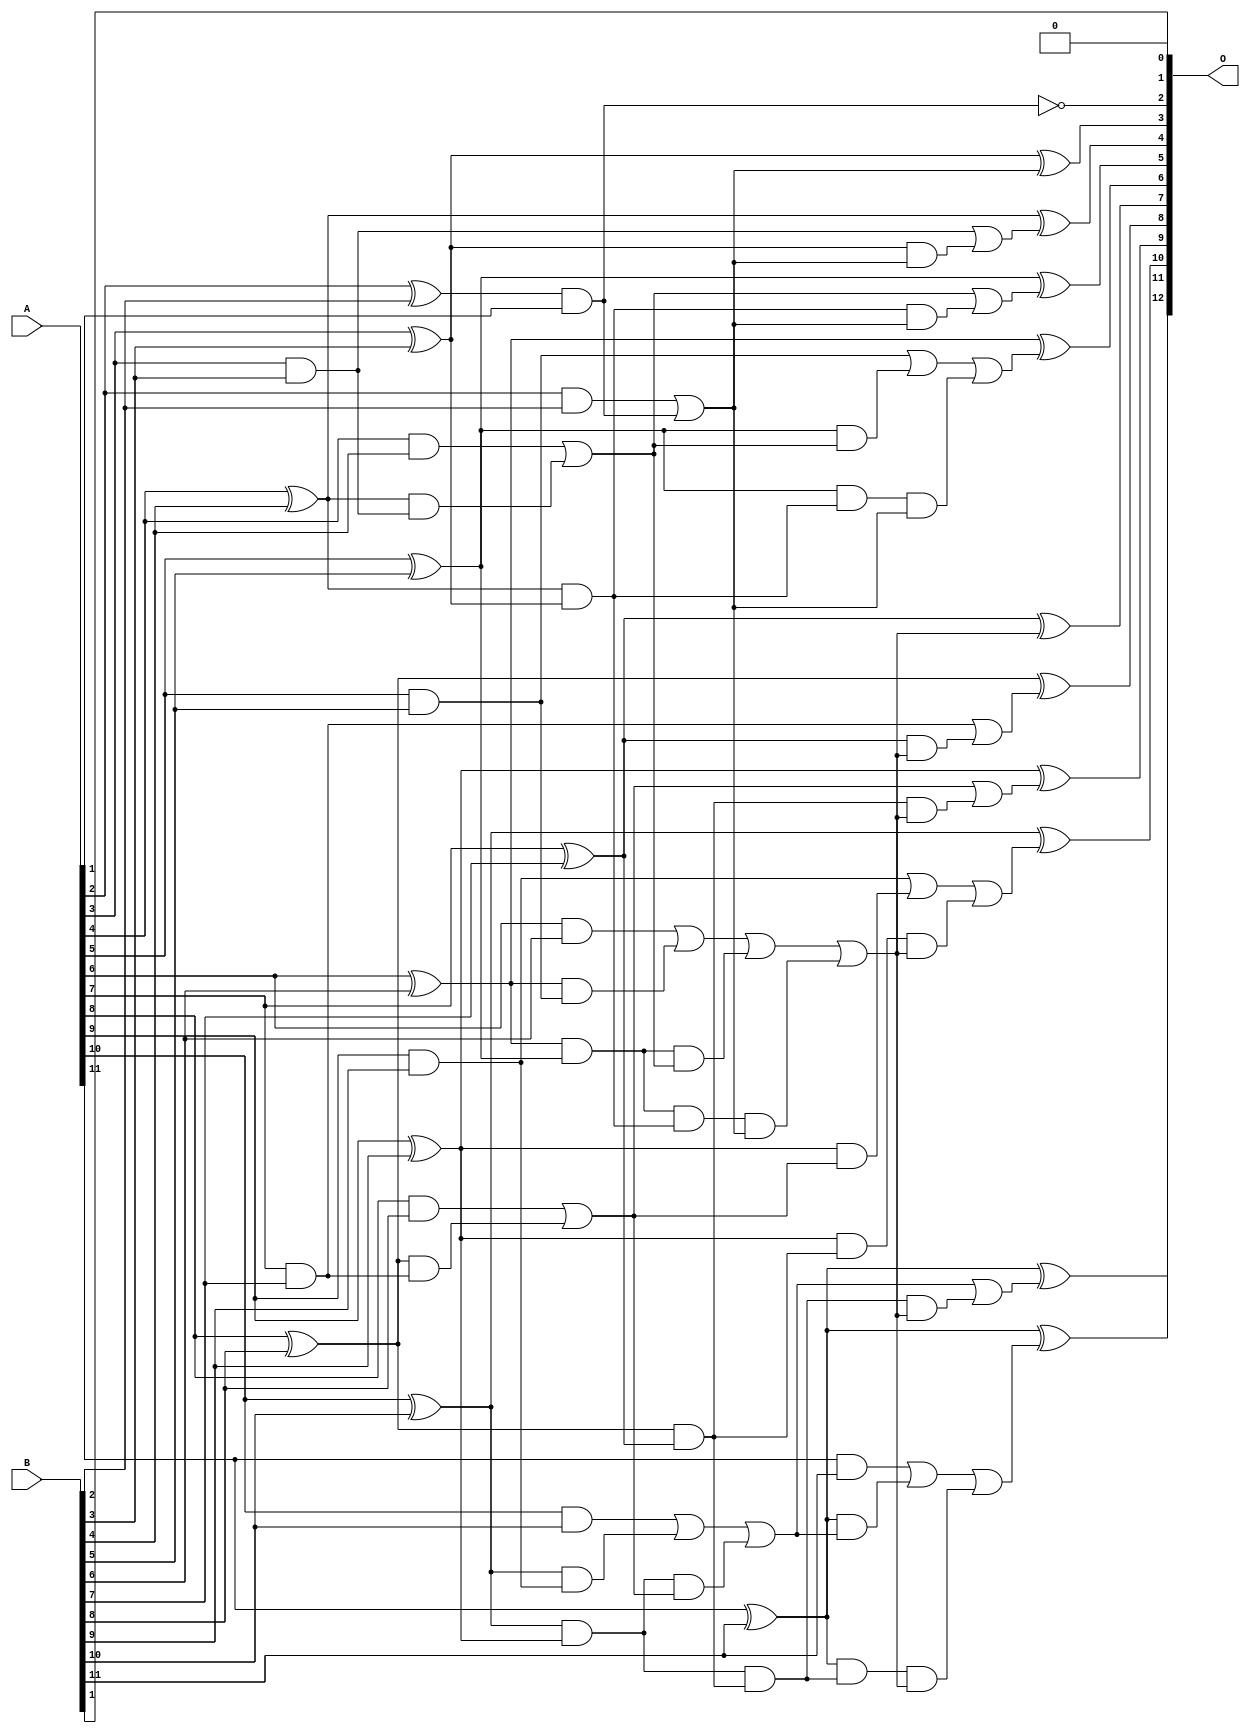
/***
* This code is a part of EvoApproxLib library (ehw.fit.vutbr.cz/approxlib) distributed under The MIT License.
* When used, please cite the following article(s): V. Mrazek, L. Sekanina, Z. Vasicek "Libraries of Approximate Circuits: Automated Design and Application in CNN Accelerators" IEEE Journal on Emerging and Selected Topics in Circuits and Systems, Vol 10, No 4, 2020 
* This file contains a circuit from a sub-set of pareto optimal circuits with respect to the pwr and ep parameters
***/
// MAE% = 0.034 %
// MAE = 1.4 
// WCE% = 0.098 %
// WCE = 4.0 
// WCRE% = 300.00 %
// EP% = 78.12 %
// MRE% = 0.53 %
// MSE = 3.0 
// PDK45_PWR = 0.047 mW
// PDK45_AREA = 98.1 um2
// PDK45_DELAY = 0.85 ns

module add12se_5AN (
    A,
    B,
    O
);

input [11:0] A;
input [11:0] B;
output [12:0] O;

wire sig_28,sig_29,sig_30,sig_31,sig_32,sig_33,sig_34,sig_35,sig_36,sig_37,sig_38,sig_39,sig_40,sig_41,sig_42,sig_43,sig_44,sig_45,sig_46,sig_47;
wire sig_48,sig_49,sig_51,sig_52,sig_53,sig_54,sig_55,sig_56,sig_57,sig_58,sig_59,sig_60,sig_61,sig_62,sig_63,sig_68,sig_69,sig_70,sig_71,sig_72;
wire sig_73,sig_74,sig_75,sig_76,sig_77,sig_78,sig_79,sig_80,sig_81,sig_82,sig_83,sig_84,sig_85,sig_86,sig_87,sig_88,sig_89,sig_90,sig_91,sig_92;
wire sig_93,sig_94,sig_95,sig_96,sig_97,sig_98,sig_99,sig_100,sig_102,sig_103,sig_104,sig_105,sig_106,sig_107,sig_108,sig_109,sig_110,sig_111,sig_112;

assign sig_28 = A[2] & B[2];
assign sig_29 = A[2] ^ B[2];
assign sig_30 = A[3] & B[3];
assign sig_31 = A[3] ^ B[3];
assign sig_32 = A[4] & B[4];
assign sig_33 = A[4] ^ B[4];
assign sig_34 = A[5] & B[5];
assign sig_35 = A[5] ^ B[5];
assign sig_36 = A[6] & B[6];
assign sig_37 = A[6] ^ B[6];
assign sig_38 = A[7] & B[7];
assign sig_39 = A[7] ^ B[7];
assign sig_40 = A[8] & B[8];
assign sig_41 = A[8] ^ B[8];
assign sig_42 = A[9] & B[9];
assign sig_43 = A[9] ^ B[9];
assign sig_44 = A[10] & B[10];
assign sig_45 = A[10] ^ B[10];
assign sig_46 = A[11] & B[11];
assign sig_47 = A[11] ^ B[11];
assign sig_48 = A[11] ^ B[11];
assign sig_49 = sig_29 & A[1];
assign sig_51 = sig_28 | sig_49;
assign sig_52 = sig_33 & sig_30;
assign sig_53 = sig_33 & sig_31;
assign sig_54 = sig_32 | sig_52;
assign sig_55 = sig_37 & sig_34;
assign sig_56 = sig_37 & sig_35;
assign sig_57 = sig_36 | sig_55;
assign sig_58 = sig_41 & sig_38;
assign sig_59 = sig_41 & sig_39;
assign sig_60 = sig_40 | sig_58;
assign sig_61 = sig_45 & sig_42;
assign sig_62 = sig_45 & sig_43;
assign sig_63 = sig_44 | sig_61;
assign sig_68 = sig_35 & sig_54;
assign sig_69 = sig_35 & sig_53;
assign sig_70 = sig_34 | sig_68;
assign sig_71 = sig_56 & sig_54;
assign sig_72 = sig_56 & sig_53;
assign sig_73 = sig_57 | sig_71;
assign sig_74 = sig_43 & sig_60;
assign sig_75 = sig_43 & sig_59;
assign sig_76 = sig_42 | sig_74;
assign sig_77 = sig_62 & sig_60;
assign sig_78 = sig_62 & sig_59;
assign sig_79 = sig_63 | sig_77;
assign sig_80 = sig_31 & sig_51;
assign sig_81 = sig_30 | sig_80;
assign sig_82 = sig_53 & sig_51;
assign sig_83 = sig_54 | sig_82;
assign sig_84 = sig_69 & sig_51;
assign sig_85 = sig_70 | sig_84;
assign sig_86 = sig_72 & sig_51;
assign sig_87 = sig_73 | sig_86;
assign sig_88 = sig_47 & sig_79;
assign sig_89 = sig_47 & sig_78;
assign sig_90 = sig_46 | sig_88;
assign sig_91 = sig_39 & sig_87;
assign sig_92 = sig_38 | sig_91;
assign sig_93 = sig_59 & sig_87;
assign sig_94 = sig_60 | sig_93;
assign sig_95 = sig_75 & sig_87;
assign sig_96 = sig_76 | sig_95;
assign sig_97 = sig_78 & sig_87;
assign sig_98 = sig_79 | sig_97;
assign sig_99 = sig_89 & sig_87;
assign sig_100 = sig_90 | sig_99;
assign sig_102 = ~(sig_29 & A[1]);
assign sig_103 = sig_31 ^ sig_51;
assign sig_104 = sig_33 ^ sig_81;
assign sig_105 = sig_35 ^ sig_83;
assign sig_106 = sig_37 ^ sig_85;
assign sig_107 = sig_39 ^ sig_87;
assign sig_108 = sig_41 ^ sig_92;
assign sig_109 = sig_43 ^ sig_94;
assign sig_110 = sig_45 ^ sig_96;
assign sig_111 = sig_47 ^ sig_98;
assign sig_112 = sig_48 ^ sig_100;

assign O[12] = sig_112;
assign O[11] = sig_111;
assign O[10] = sig_110;
assign O[9] = sig_109;
assign O[8] = sig_108;
assign O[7] = sig_107;
assign O[6] = sig_106;
assign O[5] = sig_105;
assign O[4] = sig_104;
assign O[3] = sig_103;
assign O[2] = sig_102;
assign O[1] = 1'b0;
assign O[0] = B[1];

endmodule